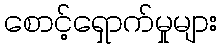
စောင့်ရှောက်မှုများ